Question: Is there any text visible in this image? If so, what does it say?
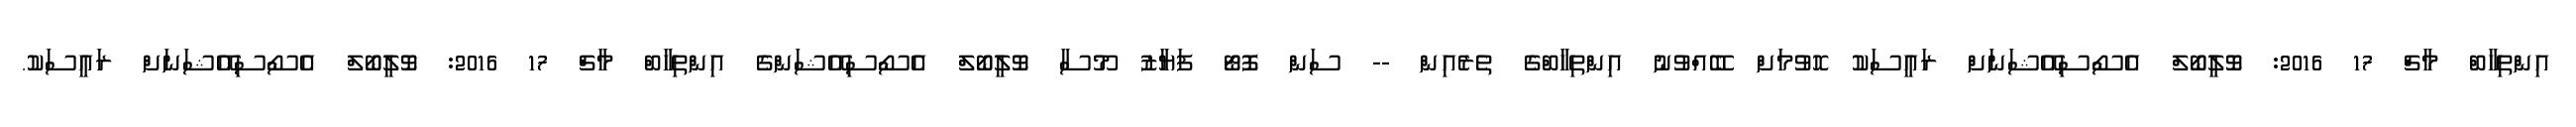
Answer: އިންތިހާބް މާޗް 17 2016: ވޮލީބޯލް އެސޯސިއޭޝަނަށް ރައީސަކު ހޮވުމަށް ބޭއްވުނު އިންތިހާބްގެ ތެރެއިން -- ސަން ފޮޓޯ ފަޔާޒު މޫސާ ވޮލީބޯލް އެސޯސިއޭޝަންގެ އިންތިހާބް މާޗް 17 2016: ވޮލީބޯލް އެސޯސިއޭޝަނަށް ރައީސަކު.